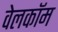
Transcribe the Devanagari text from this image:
वेलकॉम